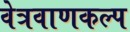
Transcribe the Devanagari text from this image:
वेत्रवाणकल्प